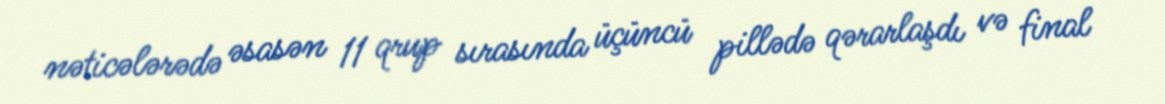
nəticələrədə əsasən 11 qrup sırasında üçüncü pillədə qərarlaşdı və final